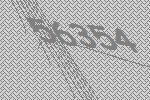
56354